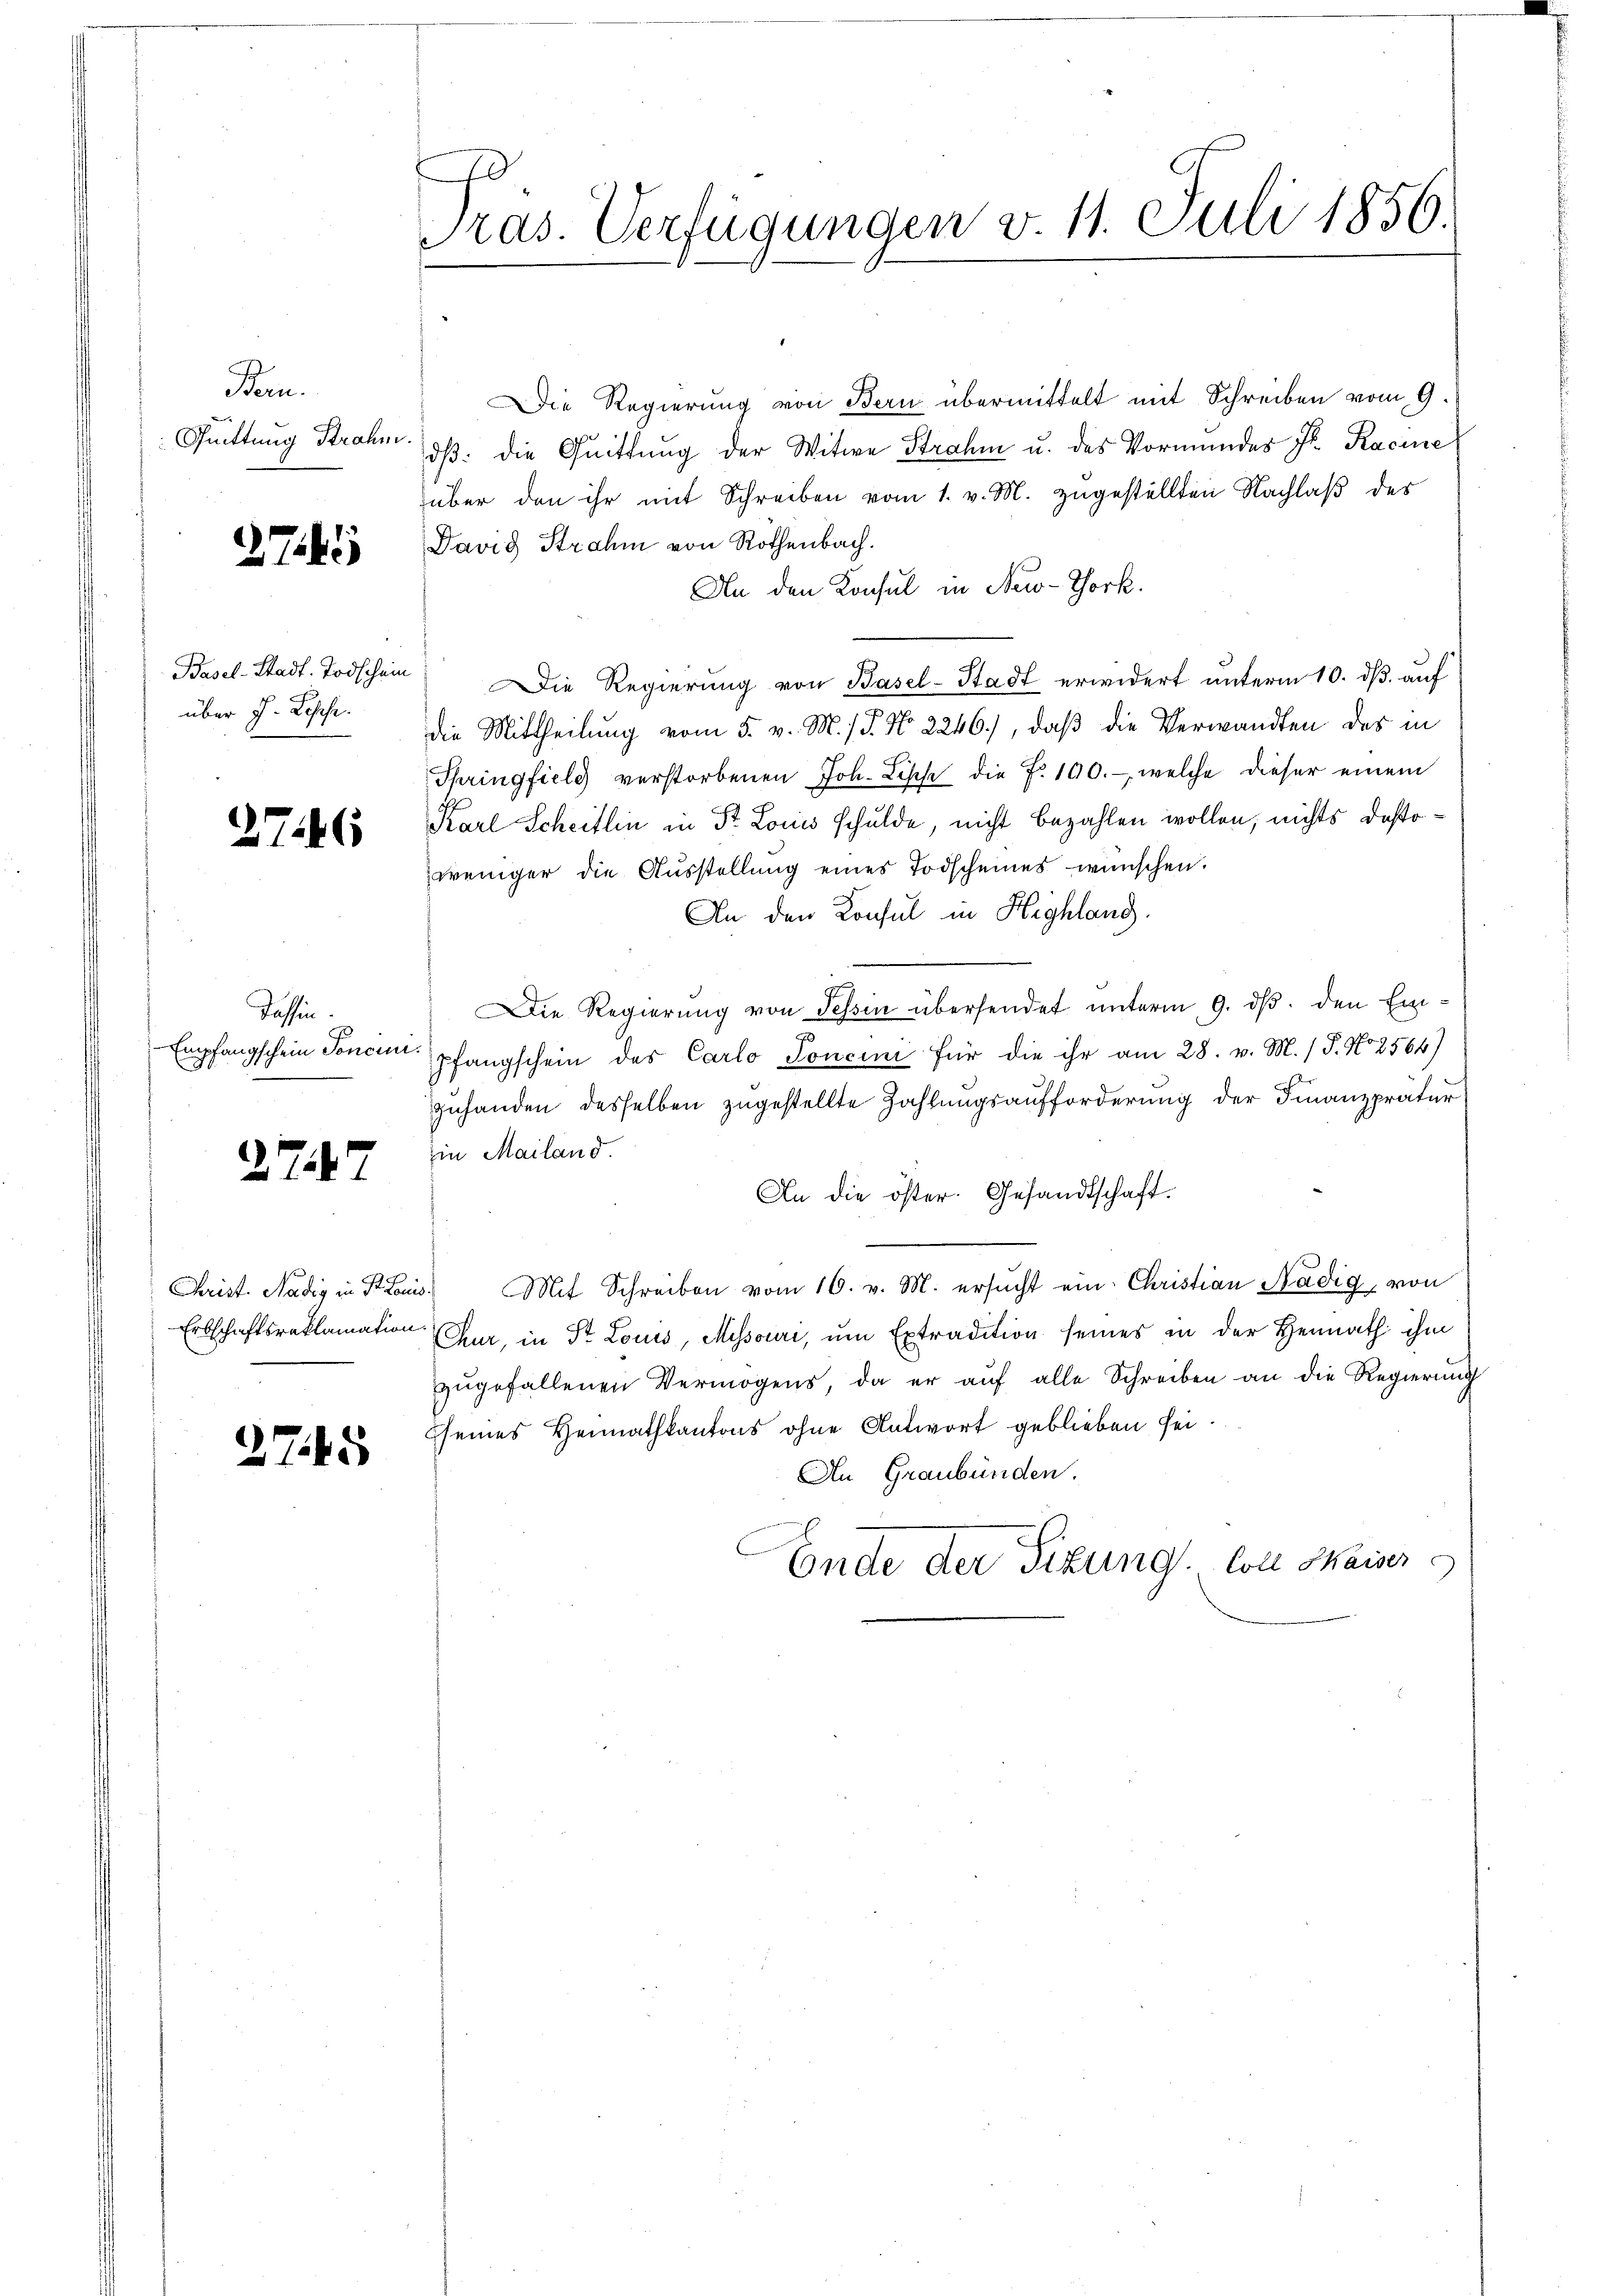
Bern.
Püttung Strahm

271)

Basel-Stadt. Todschein
über h. Rosche.

2746

Tessin
Empfangschein Soncur

277

Christ. Nädig in Fr. Louis
Erbschaftsreklamation

2745

menen
Pras. Verfügungen v. 11. Juli 1856.

Die Regierung von Bern übermittelt mit Schreiben vom 9.
dβ: die Quittung der Witwe Strahm u. des Vormundes Fr. Racine
über den ihr mit Schreiben vom 1. v. M. zugestellten Nachlaβ des
David Strahm von Rothenbach.
An den Konsul in New-York.
Die Regierung von Basel-Stadt erwidert unterm 10. dß. auf
die Mittheilung vom 5. v. M. / P. No. 2246), daß die Verwandten des in
Springfiele verstorbenen Joh. Lisch die f. 100.- welche dieser einem
Karl Scheitlin in St. Louis schulde, nicht bezahlen wollen, nichts destoweniger die Aŭsstellung eines Todscheines wünschen.
An den Konsul in Highlang
Die Regierung von Tessin übersendet unterm 9. dβ. den Ein¬
.
pfangschein des Carlo Concini für die ihr am 28. v. M. / P. No 2564)
zuhanden desselben zugestellte Zahlungsaufforderung der Finanzpratur
Ein Mailand.
An die öster. Gesandtschaft.
" Mit Schreiben vom 16. v. M. ersŭcht ein Christian Nädig von
Chur, in St. Louis, Missouri, um Extradition seines in der Heimath ihm
zŭgefallenen Vermögens, da er aŭf alle Schreiben an die Regierŭng
sseines Heimathkantons ohne Antwort geblieben sei.
An Graubünden.
Ende der Sizung. Soll Maises